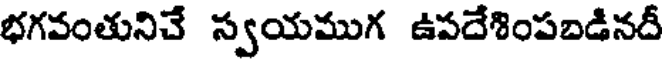
భగవంతునిచే స్వయముగ ఉపదేశింపబడినదీ